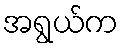
အရွယ်က